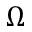
\Omega